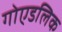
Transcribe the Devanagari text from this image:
गोएडलिक